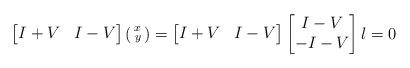
LaTeX: \begin{align*}\begin{bmatrix} I+ V & I- V \end{bmatrix}\begin{psmallmatrix}x \\ y \end{psmallmatrix}&=\begin{bmatrix} I+ V & I- V \end{bmatrix}\begin{bmatrix} I- V \\ - I- V \end{bmatrix}l=0\end{align*}